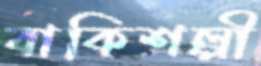
বাকিশল্পী